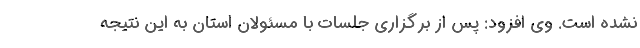
نشده است. وی افزود: پس از برگزاری جلسات با مسئولان استان به این نتیجه